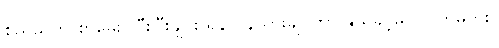
စည်သူက စာမေးပွဲပြီးပြီးချင်း ရန်ကုန်သွားချင်တာ နွယ်ခွင့်မပြုလိုက်မိဘူး။